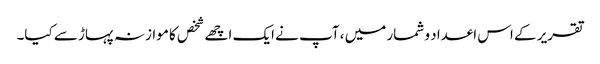
تقریر کے اس اعداد و شمار میں ، آپ نے ایک اچھے شخص کا موازنہ پہاڑ سے کیا۔